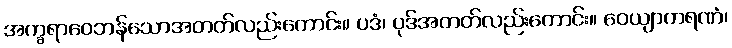
အက္ခရာဝေဘန်သောအတတ်လည်းကောင်း။ ပဒံ၊ ပုဒ်အတတ်လည်းကောင်း။ ဝေယျာကရဏံ၊